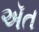
ઍત